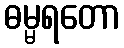
ဓမ္မရတော